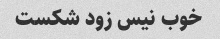
خوب نیس زود شکست